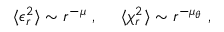
\begin{array} { r } { \langle \epsilon _ { r } ^ { 2 } \rangle \sim r ^ { - \mu } \ , \ \ \ \ \langle \chi _ { r } ^ { 2 } \rangle \sim r ^ { - \mu _ { \theta } } \ , } \end{array}